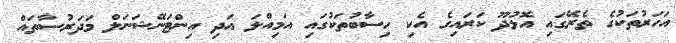
އަހަރުތަކުގެ ތެރޭގައި އޮޅުދޫ ކަރައިގެ އެކި ހިސާބުތަކުގައި އަމިއްލަ އަދި އިންޓަނޭޝަނަލް މަދަރުސާތައް